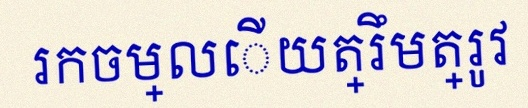
រកចម្លើយត្រឹមត្រូវ